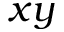
x y